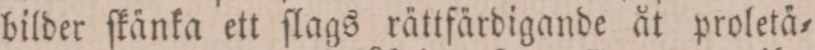
bilder ſkänka ett ſlags rättfärdigande åt proletä=